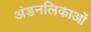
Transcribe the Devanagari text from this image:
अंडनलिकाओं